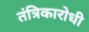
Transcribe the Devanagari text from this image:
तंत्रिकारोधी